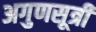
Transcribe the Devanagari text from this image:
अगुणसूत्री